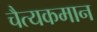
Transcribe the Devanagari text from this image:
चैत्यकमान